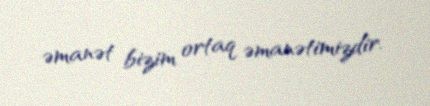
əmanət bizim ortaq əmanətimizdir.